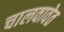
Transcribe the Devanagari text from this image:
चालवावेत